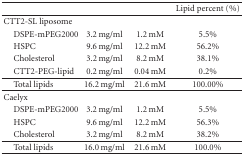
|  |  |  | Lipid percent (%) |
 | --- | --- | --- | --- |
 | CTT2-SL liposome |  |  |  |
 | DSPE-mPEG2000 | 3.2 mg/ml | 1.2 mM | 5.5% |
 | HSPC | 9.6 mg/ml | 12.2 mM | 56.2% |
 | Cholesterol | 3.2 mg/ml | 8.2 mM | 38.1% |
 | CTT2-PEG-lipid | 0.2 mg/ml | 0.04 mM | 0.2% |
 | Total lipids | 16.2 mg/ml | 21.6 mM | 100.00% |
 | Caelyx |  |  |  |
 | DSPE-mPEG2000 | 3.2 mg/ml | 1.2 mM | 5.5% |
 | HSPC | 9.6 mg/ml | 12.2 mM | 56.3% |
 | Cholesterol | 3.2 mg/ml | 8.2 mM | 38.2% |
 | Total lipids | 16.0 mg/ml | 21.6 mM | 100.0% |